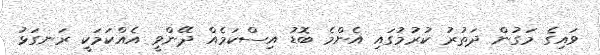
ވައިގެ މަގުން ދަތުރު ކުރުމުގައި އެންމެ ބޮޑު އިސްކަމެއް ދޭންވީ އެއްކަމަކީ ރަނގަޅު